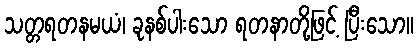
သတ္တရတနမယံ၊ ခုနစ်ပါးသော ရတနာတို့ဖြင့် ပြီးသော။